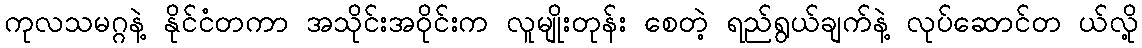
ကုလသမဂ္ဂနဲ့ နိုင်ငံတကာ အသိုင်းအဝိုင်းက လူမျိုးတုန်း စေတဲ့ ရည်ရွယ်ချက်နဲ့ လုပ်ဆောင်တ ယ်လို့